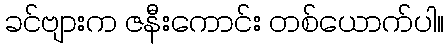
ခင်ဗျားက ဇနီးကောင်း တစ်ယောက်ပါ။